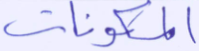
المكونات